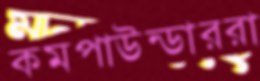
কমপাউন্ডাররা